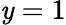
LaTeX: \mathit{y}=1